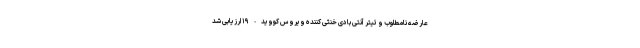
عارضه نامطلوب و تیتر آنتی بادی خنثی کننده ویروس کووید-۱۹ ارزیابی شد